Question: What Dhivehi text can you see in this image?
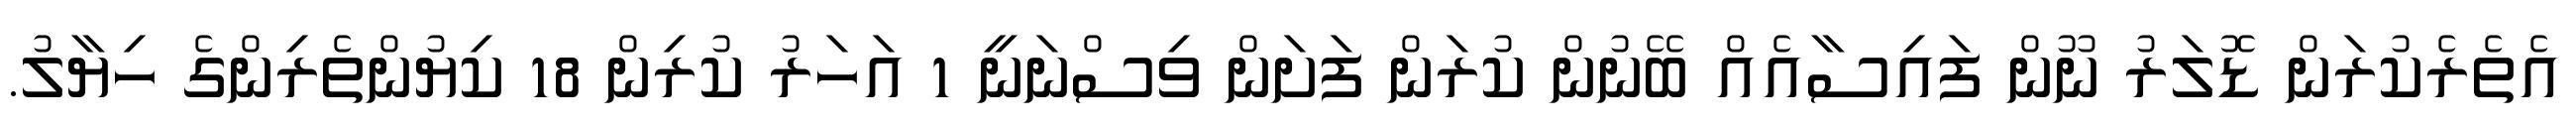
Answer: އެތެރެކުރަން ޑޮލަރު ނޫން ފައިސާއެއް ބޭނުން ކުރަން ފަށަން ވިސްނަނީ 1 އަހަރު ކުރިން 18 ކިޔުންތެރިންގެ ހިޔާލު.